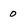
Character: 0